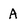
Character: A